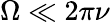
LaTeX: \Omega\ll 2\pi\nu